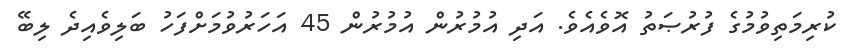
ކުރިމަތިވުމުގެ ފުރުޞަތު އޮވެއެވެ. އަދި އުމުރުން އުމުރުން 45 އަހަރުވުމަށްފަހު ބަލިވެއިދެ ލިބޭ